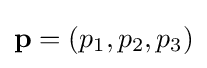
{\textstyle \mathbf {p} =(p_{1},p_{2},p_{3})}